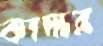
কাদার